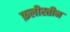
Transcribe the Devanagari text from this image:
फ़लीस्तीन